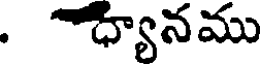
. ధ్యానము